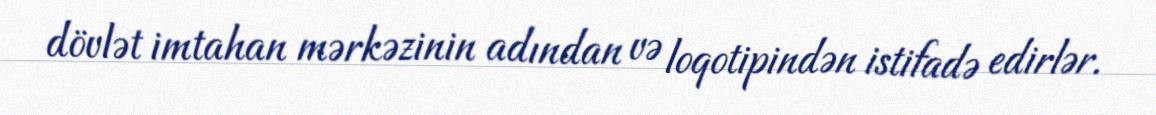
dövlət imtahan mərkəzinin adından və loqotipindən istifadə edirlər.